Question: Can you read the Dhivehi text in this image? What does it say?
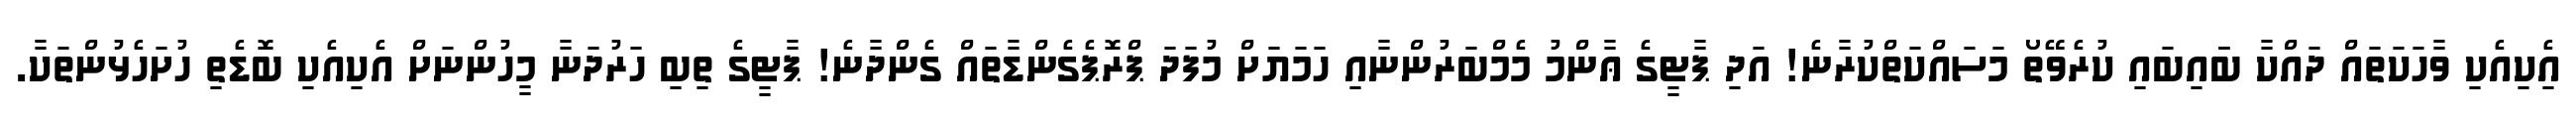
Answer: އެިކިއެކި ވާހަކަތައް ދައްކާ ބަައިބައި ކުރެވޭތޯ މަސައްކަތްކުރާނެ! އަދި ޕާޓީގެ ޢާންމު މެމްބަރުންނާއި ހަމަޔަށް މުފަދަ ޕްރޮޕެގެންޑާތައް ގެންދާނެ! ޕާޓީގެ ތިބި ހަރުދަނާ މީހުންނަށް އެކިއެކި ބޮޑެތި ހުށަހެޅުންތަކާ.